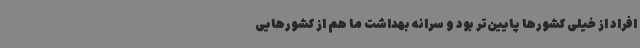
افراد از خیلی کشورها پایین‌تر بود و سرانه بهداشت ما هم از کشورهایی